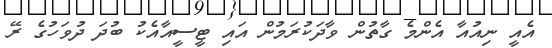
އެއީ ނިއުއާ އެންމެ ގާތުން ވާދަކުރަމުން އައި ޓީސީއާއެކު ބުދަ ދުވަހުގެ ރޭ